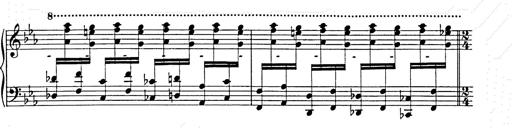
Title: Hungarian Rhapsody No.9
Composer: Franz Liszt
Key: E-flat major